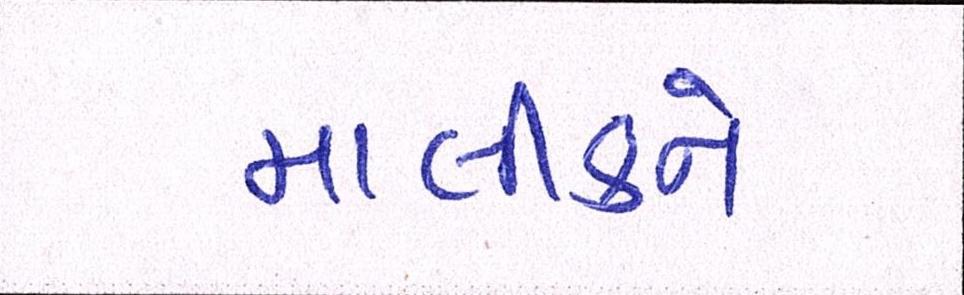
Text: માલીકને